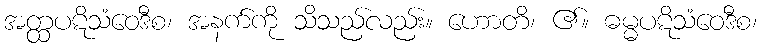
အတ္ထပဋိသံဝေဒီစ၊ အနက်ကို သိသည်လည်း။ ဟောတိ၊ ၏။ ဓမ္မပဋိသံဝေဒီစ၊